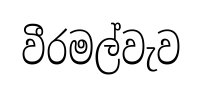
වීරමල්වැව